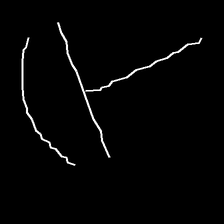
Glyph: dispersion